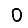
Digit: 0